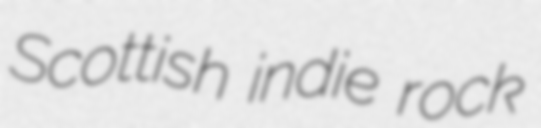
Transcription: Scottish indie rock